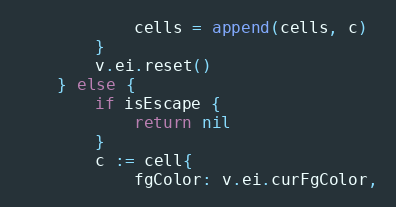
Language: Go
			cells = append(cells, c)
		}
		v.ei.reset()
	} else {
		if isEscape {
			return nil
		}
		c := cell{
			fgColor: v.ei.curFgColor,